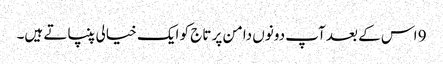
9 اس کے بعد آپ دونوں دامن پر تاج کو ایک خیالی پنپاتے ہیں۔